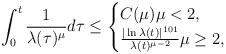
LaTeX: \begin{align*}\int_{0}^{t}\frac{1}{\lambda(\tau)^{\mu}}d\tau\leq \begin{cases}C(\mu) \mu<2,\\\frac{|\ln \lambda(t)|^{101}}{\lambda(t)^{\mu-2}} \mu\geq 2,\end{cases}\end{align*}